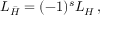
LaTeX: { \cal L } _ { \bar { H } } = ( - 1 ) ^ { s } { \cal L } _ { H } \, ,